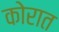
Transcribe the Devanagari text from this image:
कोरात